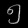
Digit: ၅